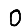
Digit: 0